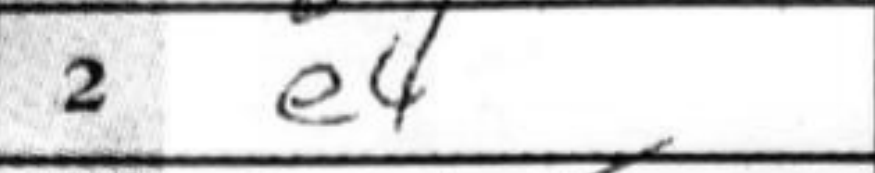
Transcription: e4